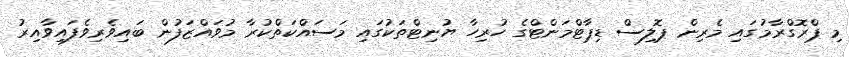
މި ޕްރޮގްރާމުގައި މެރިން ޕޮލިސް ޑިޕާޓްމަންޓްގެ ހުރިހާ ޔުނިޓްތަކުގައި މަސައްކަތްކުރާ މުވައްޒަފުން ބައިވެރިވެފައިވާއިރު